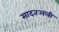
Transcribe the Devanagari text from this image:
सादतअली